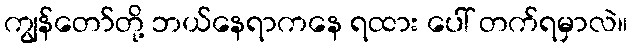
ကျွန်တော်တို့ ဘယ်နေရာကနေ ရထား ပေါ် တက်ရမှာလဲ။